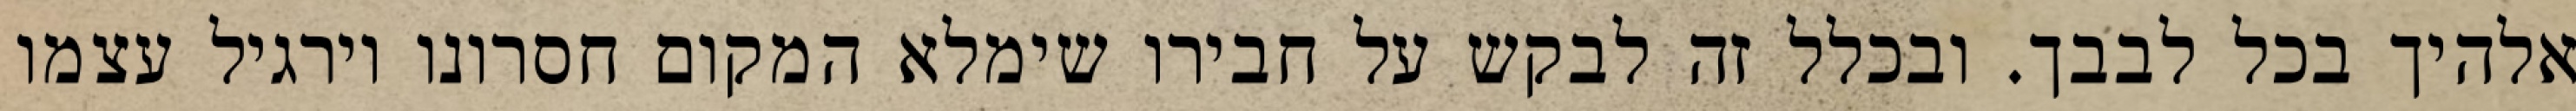
אלהיך בכל לבבך. ובכלל זה לבקש על חבירו שימלא המקום חסרונו וירגיל עצמו